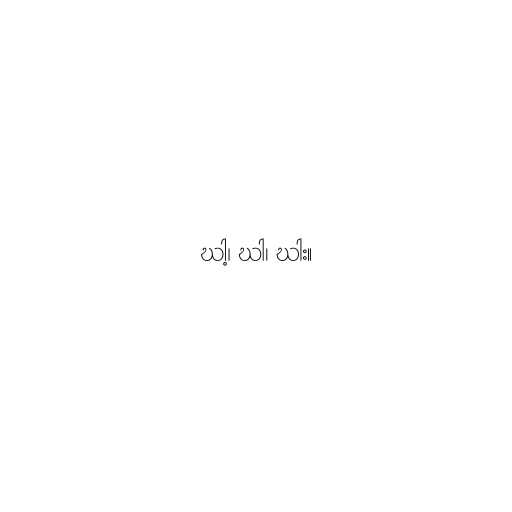
ဃါ့၊ ဃါ၊ ဃါး။